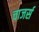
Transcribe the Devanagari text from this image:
चाजर्स